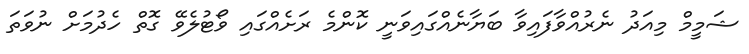
ޝަމީމް މިއަދު ނެރުއްވާފައިވާ ބަޔާނެއްގައިވަނީ ކޮންމެ ރަށެއްގައި ވޯޓުލެވޭ ގޮތް ހެދުމަށް ނުވަތަ